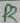
Text: R